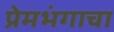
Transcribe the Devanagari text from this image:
प्रेमभंगाचा